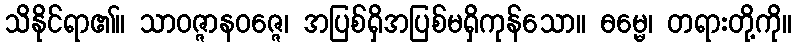
သိနိုင်ရာ၏။ သာဝဇ္ဇာနဝဇ္ဇေ၊ အပြစ်ရှိအပြစ်မရှိကုန်သော။ ဓမ္မေ၊ တရားတို့ကို။